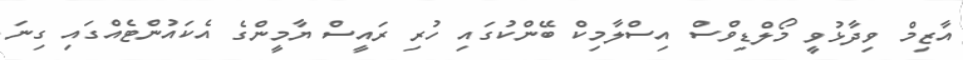
އާޒިމް ވިދާޅުވީ މޯލްޑިވްސް އިސްލާމިކް ބޭންކުގައި ހުރި ރައީސް ޔާމީންގެ އެކައުންޓެއްގައި ގިނަ